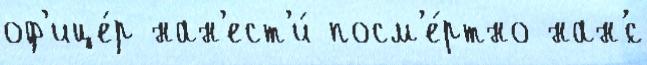
оф'ице́р нан'ест'и́ посм'е́ртно нан'́с